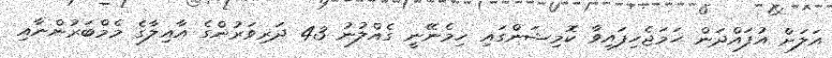
އަލަށް އުފައްދަން ހަމަޖެހިފައިވާ ކޮމިޝަންގައި ހިމެނޭނީ ގެއްލުނު 43 ދަރިވަރުންގެ އާއިލާގެ މެމްބަރުންނާއި